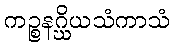
ကဉ္စနဂ္ဃိယသံကာသံ